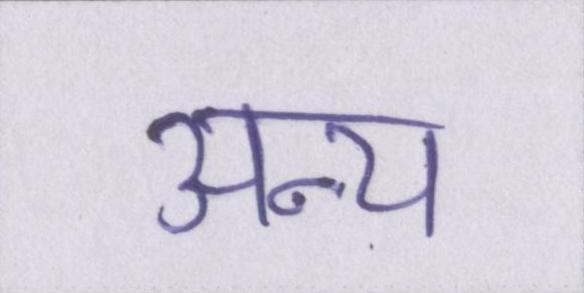
अन्य